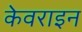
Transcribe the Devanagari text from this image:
केवराइन